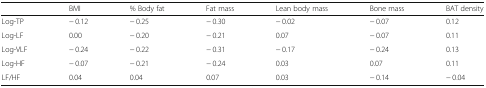
|  | BMI | % Body fat | Fat mass | Lean body mass | Bone mass | BAT density |
 | --- | --- | --- | --- | --- | --- | --- |
 | Log-TP | − 0.12 | − 0.25 | − 0.30 | − 0.02 | − 0.07 | 0.12 |
 | Log-LF | 0.00 | − 0.20 | − 0.21 | 0.07 | − 0.07 | 0.11 |
 | Log-VLF | − 0.24 | − 0.22 | − 0.31 | − 0.17 | − 0.24 | 0.13 |
 | Log-HF | − 0.07 | − 0.21 | − 0.24 | 0.03 | 0.07 | 0.11 |
 | LF/HF | 0.04 | 0.04 | 0.07 | 0.03 | − 0.14 | − 0.04 |